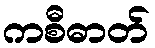
ကစီဓာတ်